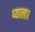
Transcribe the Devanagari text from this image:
प्याला।